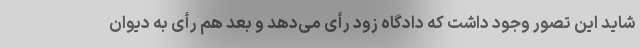
شاید این تصور وجود داشت که دادگاه زود رأی می‌دهد و بعد هم رأی به دیوان